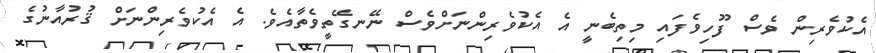
އެކުވެރިން ވެސް ފޫހިވެފައި މިތިބެނީ އެ އެކުވެރިންނަށްވެސް ނޭނގޭތީވެތާއެވެ. އެ އެކުވެރިންނަށް ޤުރުއާނުގެ